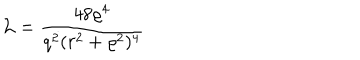
LaTeX: { \cal L } = \frac { 4 8 \varrho ^ { 4 } } { q ^ { 2 } ( r ^ { 2 } + \varrho ^ { 2 } ) ^ { 4 } }